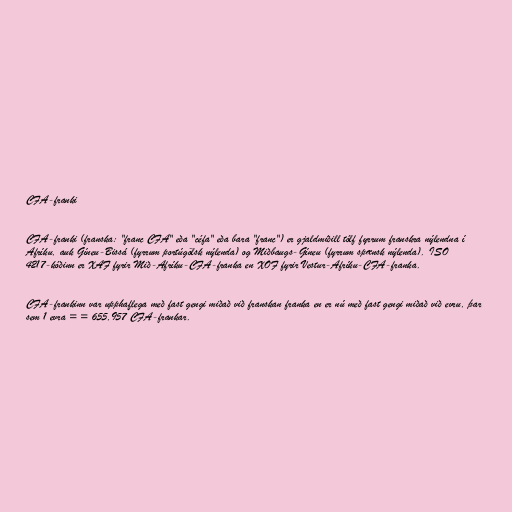
CFA-franki

CFA-franki (franska: "franc CFA" eða "céfa" eða bara "franc") er gjaldmiðill tólf fyrrum franskra nýlendna í
Afríku, auk Gíneu-Bissá (fyrrum portúgölsk nýlenda) og Miðbaugs-Gíneu (fyrrum spænsk nýlenda). ISO
4217-kóðinn er XAF fyrir Mið-Afríku-CFA-franka en XOF fyrir Vestur-Afríku-CFA-franka.

CFA-frankinn var upphaflega með fast gengi miðað við franskan franka en er nú með fast gengi miðað við evru, þar
sem 1 evra = = 655,957 CFA-frankar.